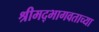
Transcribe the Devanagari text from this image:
श्रीमद्‍भागवताच्या